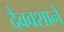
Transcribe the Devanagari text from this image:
दैववशाने